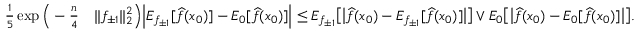
\begin{array} { r l } { \frac 1 5 \exp \Big ( - \frac { n } 4 } & { \| f _ { \pm 1 } \| _ { 2 } ^ { 2 } \Big ) \Big | E _ { f _ { \pm 1 } } [ \widehat f ( x _ { 0 } ) ] - E _ { 0 } [ \widehat f ( x _ { 0 } ) ] \Big | \leq E _ { f _ { \pm 1 } } \big [ \big | \widehat f ( x _ { 0 } ) - E _ { f _ { \pm 1 } } [ \widehat f ( x _ { 0 } ) ] \big | \big ] \vee E _ { 0 } \big [ \big | \widehat f ( x _ { 0 } ) - E _ { 0 } [ \widehat f ( x _ { 0 } ) ] \big | \big ] . } \end{array}